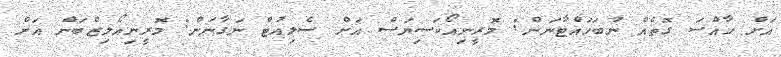
އަށް ހާއްސަ ގޮތެއް ނުބަހައްޓާނަން: މޮރީނިއޯކަސިޔަސް އަށް ސެލިއުޓް ނަގާނަން: މޮރީނިއޯލިޒްބަން އަށް